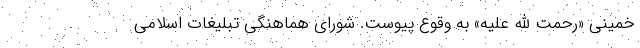
خمینی «رحمت الله علیه» به وقوع پیوست. شورای هماهنگی تبلیغات اسلامی